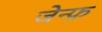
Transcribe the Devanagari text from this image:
जेन्फ़